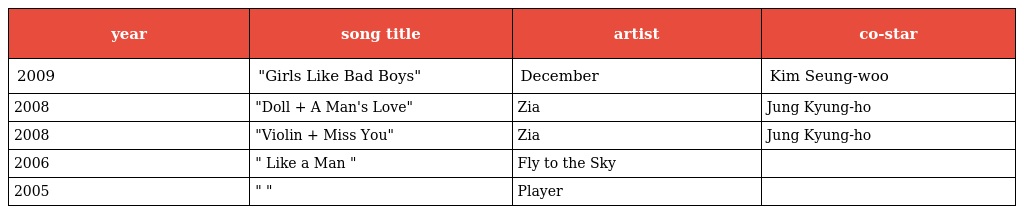
| year | song title | artist | co-star |
 | --- | --- | --- | --- |
 | 2009 | "Girls Like Bad Boys" | December | Kim Seung-woo |
 | 2008 | "Doll + A Man's Love" | Zia | Jung Kyung-ho |
 | 2008 | "Violin + Miss You" | Zia | Jung Kyung-ho |
 | 2006 | " Like a Man " | Fly to the Sky |  |
 | 2005 | "널 지켜줄게" | Player |  |